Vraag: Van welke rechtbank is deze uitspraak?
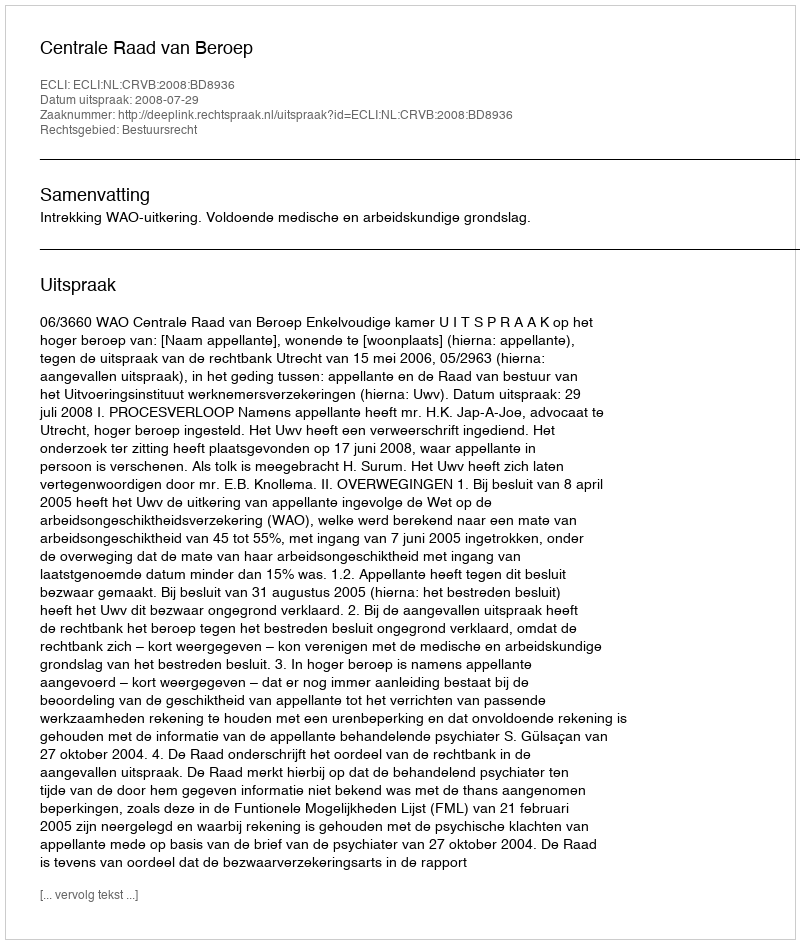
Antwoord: Centrale Raad van Beroep